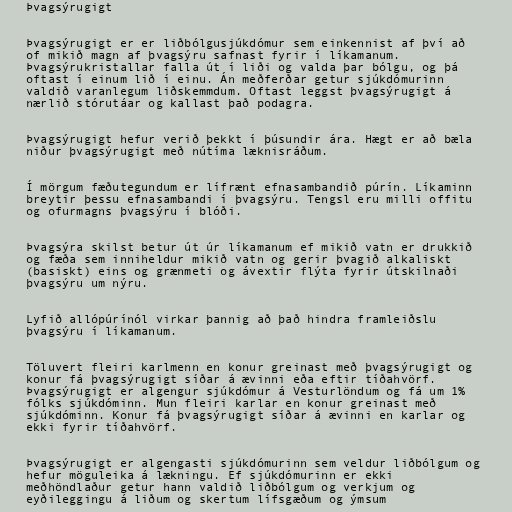
Þvagsýrugigt

Þvagsýrugigt er er liðbólgusjúkdómur sem einkennist af því að
of mikið magn af þvagsýru safnast fyrir í líkamanum.
Þvagsýrukristallar falla út í liði og valda þar bólgu, og þá
oftast í einum lið í einu. Án meðferðar getur sjúkdómurinn
valdið varanlegum liðskemmdum. Oftast leggst þvagsýrugigt á
nærlið stórutáar og kallast það podagra.

Þvagsýrugigt hefur verið þekkt í þúsundir ára. Hægt er að bæla
niður þvagsýrugigt með nútíma læknisráðum.

Í mörgum fæðutegundum er lífrænt efnasambandið púrín. Líkaminn
breytir þessu efnasambandi í þvagsýru. Tengsl eru milli offitu
og ofurmagns þvagsýru í blóði.

Þvagsýra skilst betur út úr líkamanum ef mikið vatn er drukkið
og fæða sem inniheldur mikið vatn og gerir þvagið alkaliskt
(basiskt) eins og grænmeti og ávextir flýta fyrir útskilnaði
þvagsýru um nýru.

Lyfið allópúrínól virkar þannig að það hindra framleiðslu
þvagsýru í líkamanum.

Töluvert fleiri karlmenn en konur greinast með þvagsýrugigt og
konur fá þvagsýrugigt síðar á ævinni eða eftir tíðahvörf.
Þvagsýrugigt er algengur sjúkdómur á Vesturlöndum og fá um 1%
fólks sjúkdóminn. Mun fleiri karlar en konur greinast með
sjúkdóminn. Konur fá þvagsýrugigt síðar á ævinni en karlar og
ekki fyrir tíðahvörf.

Þvagsýrugigt er algengasti sjúkdómurinn sem veldur liðbólgum og
hefur möguleika á lækningu. Ef sjúkdómurinn er ekki
meðhöndlaður getur hann valdið liðbólgum og verkjum og
eyðileggingu á liðum og skertum lífsgæðum og ýmsum